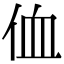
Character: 侐